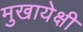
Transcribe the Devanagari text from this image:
मुखायेक्षी